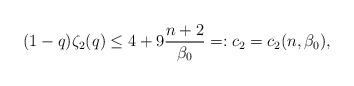
LaTeX: \begin{align*}(1-q)\zeta_{2}(q) \leq 4 + 9\frac{n+2}{\beta_{0}} =: c_{2} = c_{2}(n,\beta_{0}),\end{align*}